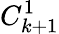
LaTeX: C_{k+1}^{1}